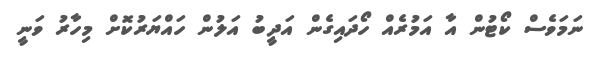
ނަމަވެސް ކޯޓުން އާ އަމުރެއް ހޯދައިގެން އަދީބު އަލުން ހައްޔަރުކޮށް މިހާރު ވަނީ